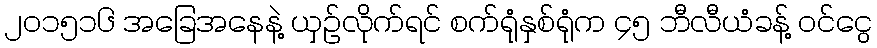
၂၀၁၅၁၆ အခြေအနေနဲ့ ယှဉ်လိုက်ရင် စက်ရုံနှစ်ရုံက ၄၅ ဘီလီယံခန့် ဝင်ငွေ